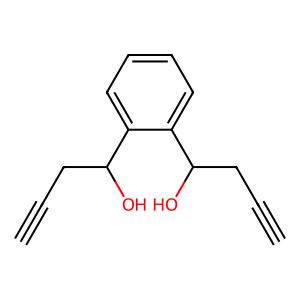
SMILES: C#CCC(O)c1ccccc1C(O)CC#C
Inhibits HIV replication: No